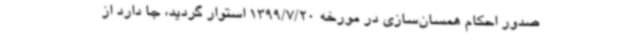
صدور احکام همسان‌سازی در مورخه 1399/7/20 استوار گردید، جا دارد از